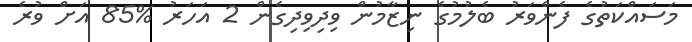
މަސައްކަތުގެ ފެންވަރު ބެލުމުގެ ނިޒާމުން ވިދިވިދިގެން 2 އަހަރު %85 އަށް ވުރެ